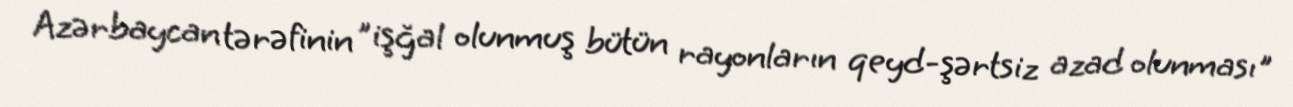
Azərbaycan tərəfinin ”işğal olunmuş bütün rayonların qeyd-şərtsiz azad olunması"